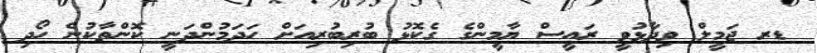
ޑރ ޖަމީލް ވިދާޅުވީ ރައީސް ޔާމީންގެ ގެކޮޅު ބުރިބުރިއަށް ހަދަމުންދަނީ ކޮންތާކުން ހޯދި